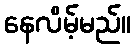
နေလိမ့်မည်။